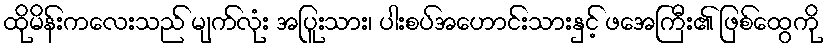
ထိုမိန်းကလေးသည် မျက်လုံး အပြူးသား၊ ပါးစပ်အဟောင်းသားနှင့် ဖအေကြီး၏ ဖြစ်ထွေကို